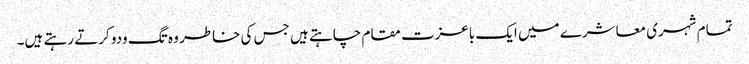
تمام شہری معاشرے میں ایک باعزت مقام چاہتے ہیں جس کی خاطر وہ تگ ودو کرتے رہتے ہیں۔